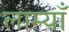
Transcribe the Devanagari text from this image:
लाम्याँ